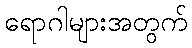
ရောဂါများအတွက်